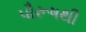
પૌરૂષથી